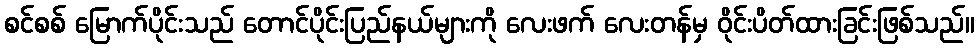
စင်စစ် မြောက်ပိုင်းသည် တောင်ပိုင်းပြည်နယ်များကို လေးဖက် လေးတန်မှ ဝိုင်းပိတ်ထားခြင်းဖြစ်သည်။